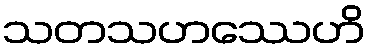
သတသဟဿေဟိ